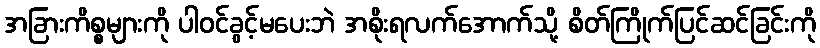
အခြားကိစ္စများကို ပါဝင်ခွင့်မပေးဘဲ အစိုးရလက်အောက်သို့ စိတ်ကြိုက်ပြင်ဆင်ခြင်းကို